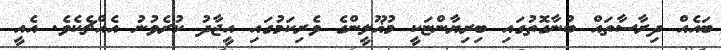
ބައެއް ދިރާސާތައް ބުނާގޮތުގައި ބިރިޔާންޏަކީ މުޣޫލީންގެ ވެރިކަމުގައި އީޖާދު ކުރެވުނު އެއްޗެކެވެ. އެއީ